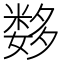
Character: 𰋖